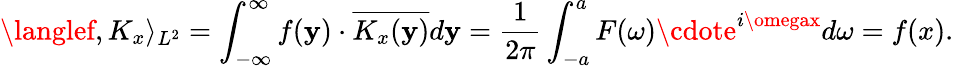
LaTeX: \langlef,K_{x}\rangle_{L^{2}}=\int_{-\infty}^{\infty}f(\mathbf{y})\cdot{\overline{{{K_{x}(\mathbf{y})}}}}d\mathbf{y}={\frac{{1}}{{2\pi}}}\int_{-a}^{a}F(\omega)\cdote^{i\omegax}d\omega=f(x).